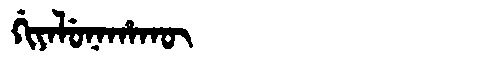
Manchu: ᡤᡳᠶᠠᠯᡠᠨᠠᡥᠠᡴᡡ
Romanization: GIYALUNAHAKŪ